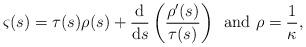
LaTeX: \begin{align*}\varsigma(s)=\tau(s)\rho(s)+\frac{{\rm d}}{{\rm d}s}\left(\frac{\rho'(s)}{\tau(s)}\right)\,\mbox{ and } \rho=\frac{1}{\kappa},\end{align*}